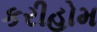
કરીહોમ